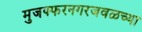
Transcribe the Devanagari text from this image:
मुजफ्फरनगरजवळच्या